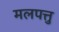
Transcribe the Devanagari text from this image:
मलपत्तु